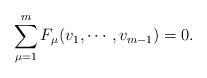
LaTeX: \begin{align*}\sum_{\mu=1}^m F_\mu(v_1,\cdots,v_{m-1})=0.\end{align*}